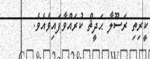
ކީރިތި ރަސޫލާ ޙަދީޘް ކުރައްވާފައިވެއެވެ.